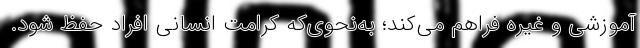
آموزشی و غیره فراهم می‌کند؛ به‌نحوی‌که کرامت انسانی افراد حفظ شود.